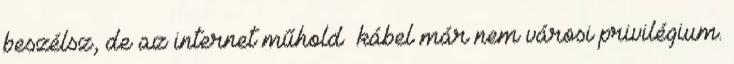
beszélsz, de az internet műhold kábel már nem városi privilégium.